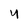
Character: 4